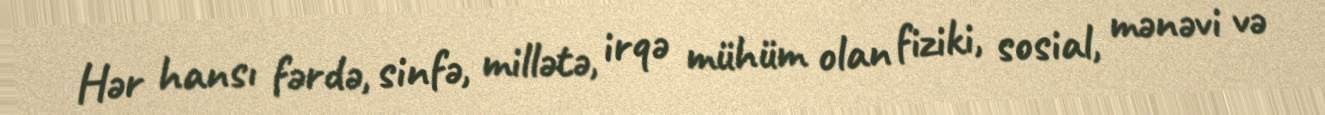
Hər hansı fərdə, sinfə, millətə, irqə mühüm olan fiziki, sosial, mənəvi və